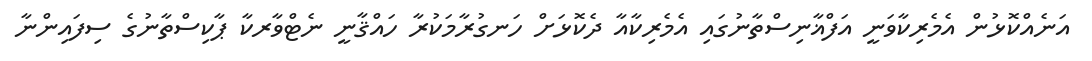
އަނެއްކޮޅުން އެމެރިކާވަނީ އަފްޣާނިސްތާނުގައި އެމެރިކާއާ ދެކޮޅަށް ހަނގުރާމަކުރާ ހައްޤާނީ ނެޓްވާރކާ ޕާކިސްތާނުގެ ސިފައިންނާ